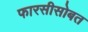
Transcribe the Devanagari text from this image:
फारसीसोबत